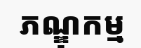
ភណ្ឌុកម្ម